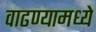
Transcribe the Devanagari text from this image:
वाढण्यामध्ये